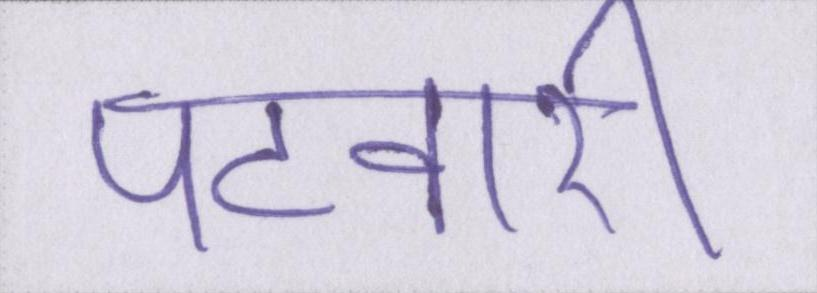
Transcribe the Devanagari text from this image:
पटवारी